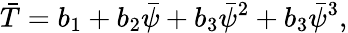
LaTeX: \bar{T}=b_{1}+b_{2}\bar{\psi}+b_{3}\bar{\psi}^{2}+b_{3}\bar{\psi}^{3},